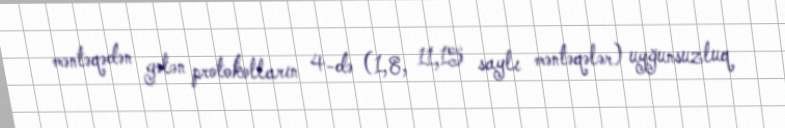
məntəqədən gələn protokolların 4-də (1,8, 11,15 saylı məntəqələr) uyğunsuzluq